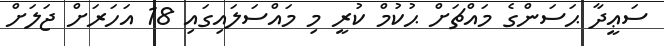
ސަޢީދާ ޙަސަންގެ މައްޗަށް ޙުކުމް ކުރީ މި މައްސަލައިގައި 18 އަހަރަށް ޖަލަށް